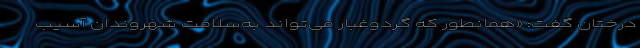
درختان گفت: «همانطور که گردوغبار می‌تواند به‌سلامت شهروندان آسیب